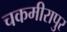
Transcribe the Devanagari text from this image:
चकमीरापुर